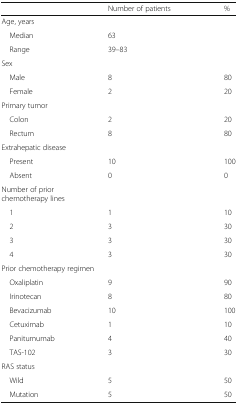
|  | Number of patients | % |
 | --- | --- | --- |
 | <COLSPAN=3> Age, years |
 | Median | <COLSPAN=2> 63 |
 | Range | <COLSPAN=2> 39–83 |
 | <COLSPAN=3> Sex |
 | Male | 8 | 80 |
 | Female | 2 | 20 |
 | <COLSPAN=3> Primary tumor |
 | Colon | 2 | 20 |
 | Rectum | 8 | 80 |
 | <COLSPAN=3> Extrahepatic disease |
 | Present | 10 | 100 |
 | Absent | 0 | 0 |
 | <COLSPAN=3> Number of prior chemotherapy lines |
 | 1 | 1 | 10 |
 | 2 | 3 | 30 |
 | 3 | 3 | 30 |
 | 4 | 3 | 30 |
 | <COLSPAN=3> Prior chemotherapy regimen |
 | Oxaliplatin | 9 | 90 |
 | Irinotecan | 8 | 80 |
 | Bevacizumab | 10 | 100 |
 | Cetuximab | 1 | 10 |
 | Panitumumab | 4 | 40 |
 | TAS-102 | 3 | 30 |
 | <COLSPAN=3> RAS status |
 | Wild | 5 | 50 |
 | Mutation | 5 | 50 |